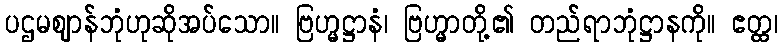
ပဌမဈာန်ဘုံဟုဆိုအပ်သော။ ဗြဟ္မဋ္ဌာနံ၊ ဗြဟ္မာတို့၏ တည်ရာဘုံဋ္ဌာနကို။ ဧတ္ထ၊